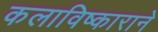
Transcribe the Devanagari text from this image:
कलाविष्काराने